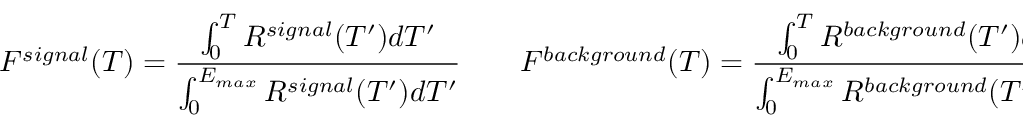
F ^ { s i g n a l } ( T ) = \frac { \int _ { 0 } ^ { T } R ^ { s i g n a l } ( T ^ { \prime } ) d T ^ { \prime } } { \int _ { 0 } ^ { E _ { m a x } } R ^ { s i g n a l } ( T ^ { \prime } ) d T ^ { \prime } } \qquad F ^ { b a c k g r o u n d } ( T ) = \frac { \int _ { 0 } ^ { T } R ^ { b a c k g r o u n d } ( T ^ { \prime } ) d T ^ { \prime } } { \int _ { 0 } ^ { E _ { m a x } } R ^ { b a c k g r o u n d } ( T ^ { \prime } ) d T ^ { \prime } }